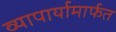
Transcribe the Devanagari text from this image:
व्यापार्यामार्फत